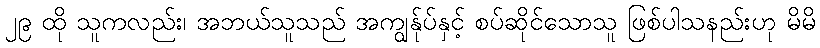
၂၉ ထို သူကလည်း၊ အဘယ်သူသည် အကျွန်ုပ်နှင့် စပ်ဆိုင်သောသူ ဖြစ်ပါသနည်းဟု မိမိ